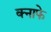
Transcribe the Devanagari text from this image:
क्नाफे